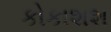
કોકાશશ